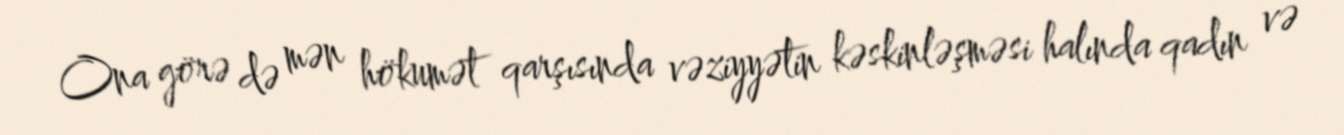
Ona görə də mən hökumət qarşısında vəziyyətin kəskinləşməsi halında qadın və